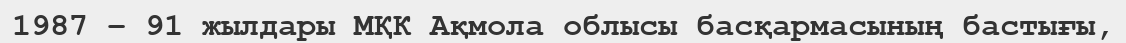
1987 – 91 жылдары МҚК Ақмола облысы басқармасының бастығы,